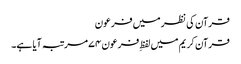
قرآن کی نظر میں فرعون
قرآن کریم میں لفظِ فرعون ۷۴ مرتبہ آیا ہے۔